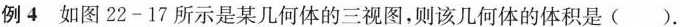
例4如图22-17所示是某几何体的三视图，则该几何体的体积是()。